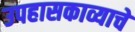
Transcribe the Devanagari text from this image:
उपहासकाव्याचे